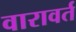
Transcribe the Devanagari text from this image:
वारावर्त